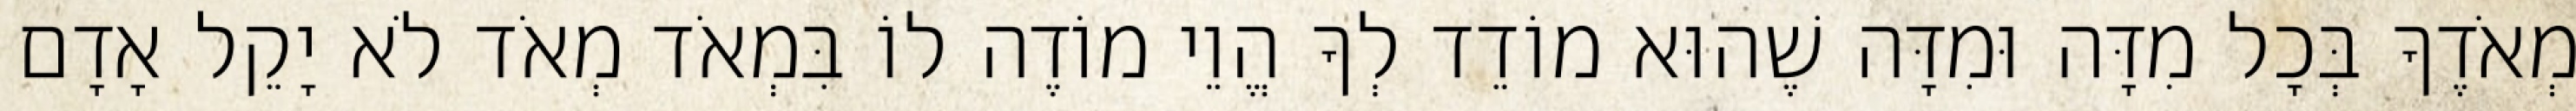
מְאֹדֶךָ בְּכָל מִדָּה וּמִדָּה שֶׁהוּא מוֹדֵד לְךָ הֱוֵי מוֹדֶה לוֹ בִּמְאֹד מְאֹד לֹא יָקֵל אָדָם